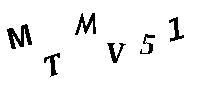
MTMV51